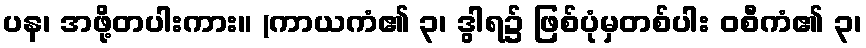
ပန၊ အဖို့တပါးကား။ (ကာယကံ၏ ၃၊ ဒွါရ၌ ဖြစ်ပုံမှတစ်ပါး ဝစီကံ၏ ၃၊